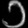
Digit: ၁